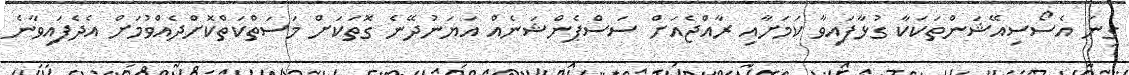
ގިނަ އެސޯސިއޭޝަންތަކަކާ ގުޅާފައިވާ ކަމަށާއި ރާއްޖެއަށް ސަސްޕެންޝަނެއް އަޔަނުދޭނެ ގޮތަކަށް މަސަތްކަތްކޮށްދެއްވުމަށް އެދެފައިވާނެ